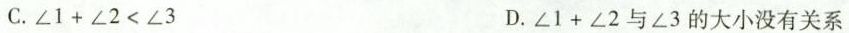
C.$$\angle 1+\angle 2<\angle 3$$ D.$$\angle 1+\angle 2$$与\angle 3的大小没有关系